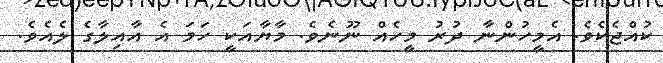
ކުއްޖެކެވެ. އެމީހުންނާ ދުރު މީހެއް ނޫނެވެ. މާޔާއަކީ ހަމަ އެ އާއިލާގެ ލެއެވެ.